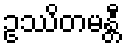
ဥဿိတမန္တီ